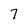
Character: 7